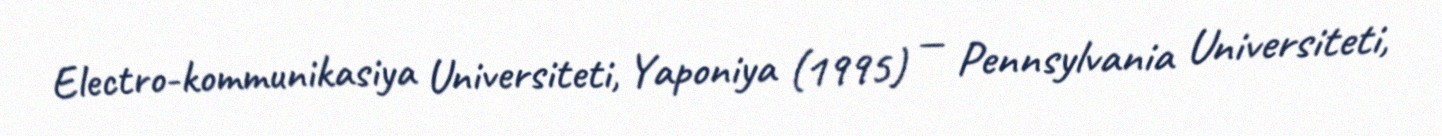
Electro-kommunikasiya Universiteti, Yaponiya (1995) — Pennsylvania Universiteti,